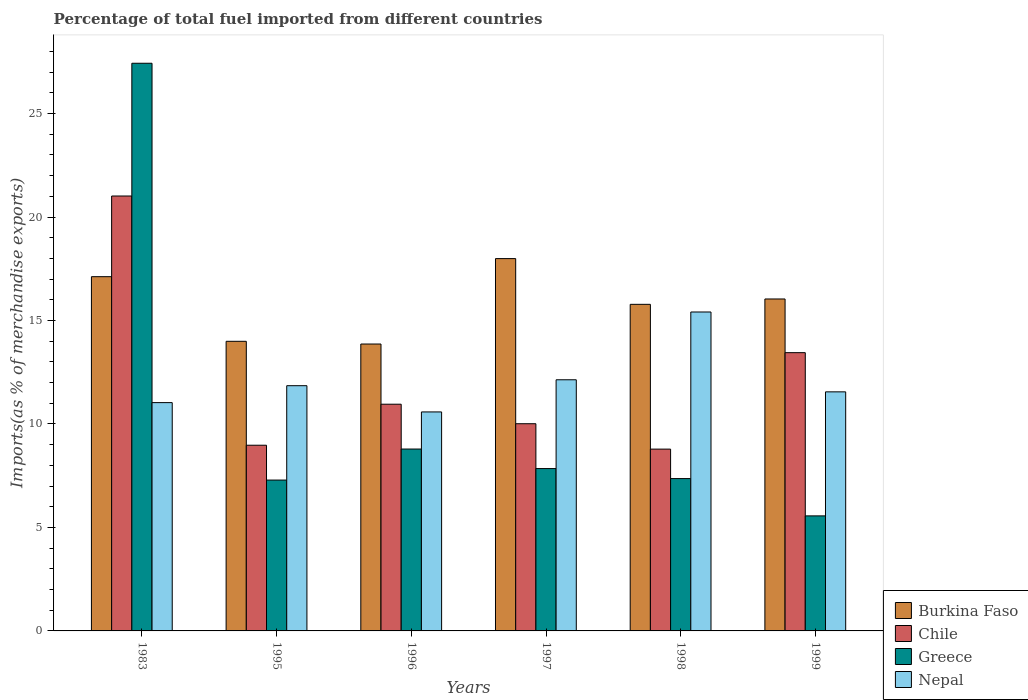
| Years | Burkina Faso | Chile | Greece | Nepal |
 | --- | --- | --- | --- | --- |
 | 1983 | 17.1 | 21 | 27.4 | 11 |
 | 1995 | 14 | 8.97 | 7.29 | 11.9 |
 | 1996 | 13.9 | 11 | 8.79 | 10.6 |
 | 1997 | 18 | 10 | 7.85 | 12.1 |
 | 1998 | 15.8 | 8.79 | 7.36 | 15.4 |
 | 1999 | 16 | 13.4 | 5.56 | 11.6 |